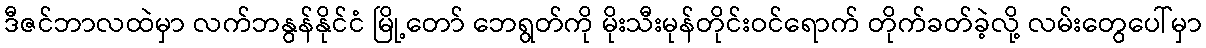
ဒီဇင်ဘာလထဲမှာ လက်ဘနွန်နိုင်ငံ မြို့တော် ဘေရွတ်ကို မိုးသီးမုန်တိုင်းဝင်ရောက် တိုက်ခတ်ခဲ့လို့ လမ်းတွေပေါ်မှာ